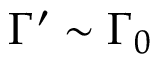
\Gamma ^ { \prime } \sim \Gamma _ { 0 }